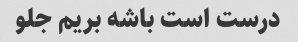
درست است باشه بریم جلو